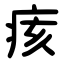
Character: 痎